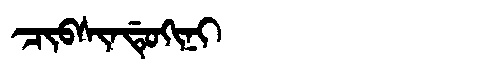
Manchu: ᠴᡳᠪᠰᡳᠨᡩᡠᡴᡳᠨᡳ
Romanization: CIBSINDUKINI